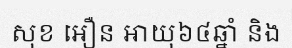
សុខ អឿន អាយុ៦៤ឆ្នាំ និង